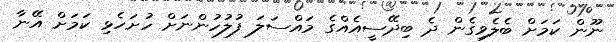
ނޫން ކަމަށް ބެލެވިގެން ދެ ބިދޭސީއެއްގެ މައްސަލަ ފުލުހުންނަށް ހުށަހެޅި ކަމަށް އޭނާ